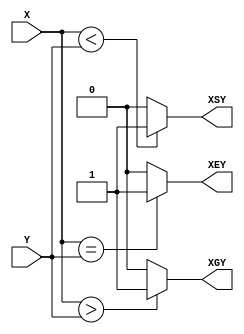
module compare_n (
    X,Y,XGY,XSY,XEY
);
    input [width-1:0] X,Y;
    output  XGY,XSY,XEY;
    reg XGY,XSY,XEY;
    parameter width = 8;
    always @(X or Y) begin
        if(X==Y)
            XEY=1;
        else 
            XEY=0;
        if(X>Y)
            XGY=1;
        else
            XGY=0;
        if(X<Y)
            XSY=1;
        else   
            XSY=0;
    end
endmodule